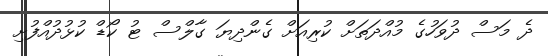
ދެ މަސް ދުވަހުގެ މުއްދަތަށް ކުރިއަށް ގެންދިޔަ ގާލްސް ޓު ކޯޑް ކުޅުދުއްފުށި